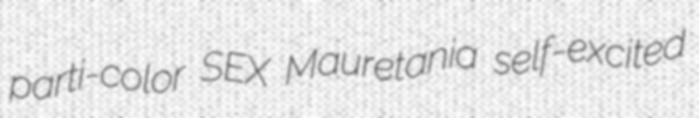
parti-color SEX Mauretania self-excited